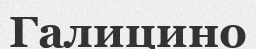
Галицино